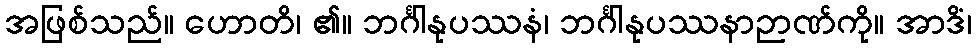
အဖြစ်သည်။ ဟောတိ၊ ၏။ ဘင်္ဂါနုပဿနံ၊ ဘင်္ဂါနုပဿနာဉာဏ်ကို။ အာဒိံ၊